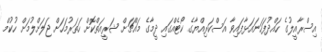
އިސްރާއީލުގެ ހައްދުފަހަނައަޅާފައިވާ އަސްކަރިއްޔާގެ ކޯޓެއްގައި ދީމާގެ މައްޗަށް ޝަރީއަތްކޮށް ހަތަރުމަހަށް ޖަލަށްލުމަށް ހުކުމް